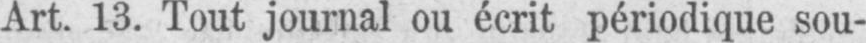
Art. 13. Tout journal ou écrit périodique sou-